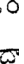
.